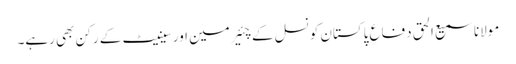
مولانا سمیع الحق دفاعِ پاکستان کونسل کے چئیرمین اور سینیٹ کے رکن بھی رہے۔